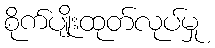
စိုက်ပျိုးထုတ်လုပ်မှု